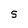
Character: S